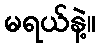
မရယ်နဲ့။